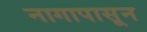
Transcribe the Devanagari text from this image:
नागापासून